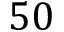
5 0